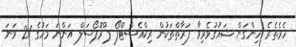
ހެރެތެރެ ހިންގަން ޝައުގުވެރިވާ ފަރާތްތަކުން ރިކްއެސްޓްފޯ ޕްރޮޕޯސަލް އަންނަ މަހުގެ 21 ވަނަ